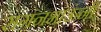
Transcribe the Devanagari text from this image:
सगनभाऊंनी